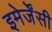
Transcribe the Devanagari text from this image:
इमेर्जेंसी